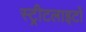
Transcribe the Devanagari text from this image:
स्‍ट्रीटलाइटों